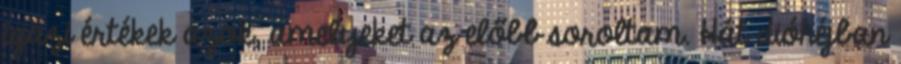
igazi értékek azok, amelyeket az előbb soroltam. Hát dióhéjban